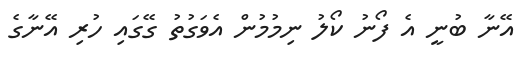
އޭނާ ބުނީ އެ ފޯނު ކޯލު ނިމުމުން އެވަގުތު ގޭގައި ހުރި އޭނާގެ